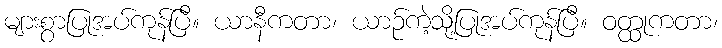
များစွာပြုအပ်ကုန်ပြီ။ ယာနီကတာ၊ ယာဉ်ကဲ့သို့ပြုအပ်ကုန်ပြီ။ ဝတ္ထုကတာ၊